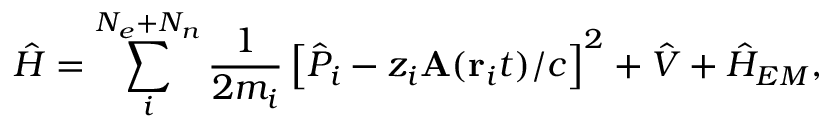
\hat { H } = \sum _ { i } ^ { N _ { e } + N _ { n } } \frac { 1 } { 2 m _ { i } } \left[ \hat { P } _ { i } - z _ { i } \mathbf { A } ( \mathbf { r } _ { i } t ) / c \right] ^ { 2 } + \hat { V } + \hat { H } _ { E M } ,